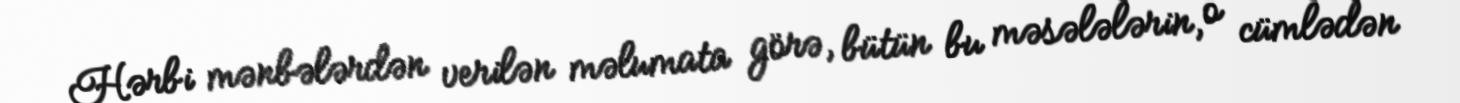
Hərbi mənbələrdən verilən məlumata görə, bütün bu məsələlərin, o cümlədən